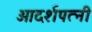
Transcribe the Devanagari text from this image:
आदर्शपत्नी